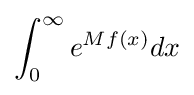
\int _{0}^{\infty }e^{Mf(x)}dx